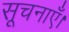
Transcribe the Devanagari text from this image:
सूचनाएँ।